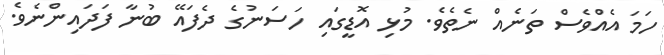
ހަމަ އެއްވެސް ތަނެއް ނެތެވެ. މުޅި އޮޑީގައި ހަސަނުގެ ދެފައޭ ބުނާ ފަދައިންނެވެ.